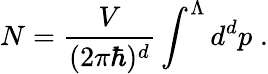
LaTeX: N=\frac{V}{(2\pi\hbar)^{d}}\int^{\Lambda}d^{d}p\; .